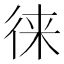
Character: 徕